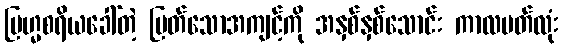
ဗြဟ္မစရိယခေါ်တဲ့ မြတ်သောအကျင့်ကို အနှစ်နှစ်သောင်း ကာလပတ်လုံး